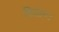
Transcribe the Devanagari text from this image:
दिवान।